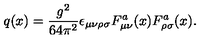
q ( x ) = { \frac { g ^ { 2 } } { 6 4 \pi ^ { 2 } } } \epsilon _ { \mu \nu \rho \sigma } F _ { \mu \nu } ^ { a } ( x ) F _ { \rho \sigma } ^ { a } ( x ) .